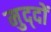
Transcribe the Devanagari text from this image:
मुद्‍दों